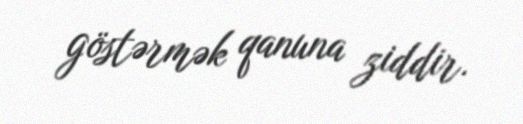
göstərmək qanuna ziddir.